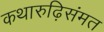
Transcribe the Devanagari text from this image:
कथारुढ़िसंमत